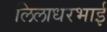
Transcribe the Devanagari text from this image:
लिलाधरभाई